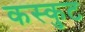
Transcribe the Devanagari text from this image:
कस्कुट